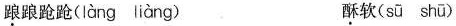
\underset{·}{踉}踉跄跄(làng liàng) \underset{·}{酥}软(sū shū)